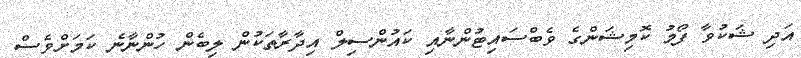
އަދި ޝަކުވާ ފޯމު ކޮމިޝަންގެ ވެބްސައިޓުންނާއި ކައުންސިލް އިދާރާތަކުން ލިބެން ހުންނާނެ ކަމަށްވެސް